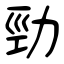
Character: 勁